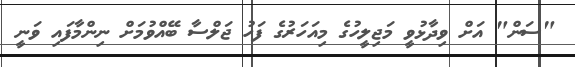
"ސަން" އަށް ވިދާޅުވީ މަޖިލީހުގެ މިއަހަރުގެ ފަހު ޖަލްސާ ބޭއްވުމަށް ނިންމާފައި ވަނީ